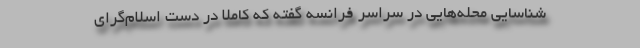
شناسایی محله‌هایی در سراسر فرانسه گفته كه کاملا در دست اسلام‌گرای